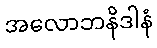
အလောဘနိဒါနံ